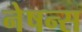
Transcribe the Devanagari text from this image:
नेषन्स